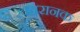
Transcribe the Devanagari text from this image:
खतरानक